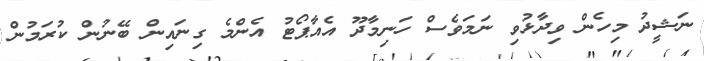
ނަޝީދު މިހެން ވިދާޅުވި ނަމަވެސް ހަނިމާދޫ އެއާޕޯޓު އެންމެ ގިނައިން ބޭނުން ކުރަމުން